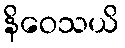
နိဝေသယိ